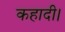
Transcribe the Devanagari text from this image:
कहादी।